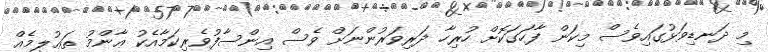
މި ދަނޑިވަޅުގައިވެސް މިކަން ފާހަގަކޮށް ހުރިހާ ދަރިވަރުންނަށް ވެސް އިންސާފުވެރިކަމާއެކު ޢާންމު ތަޢުލީމެއް